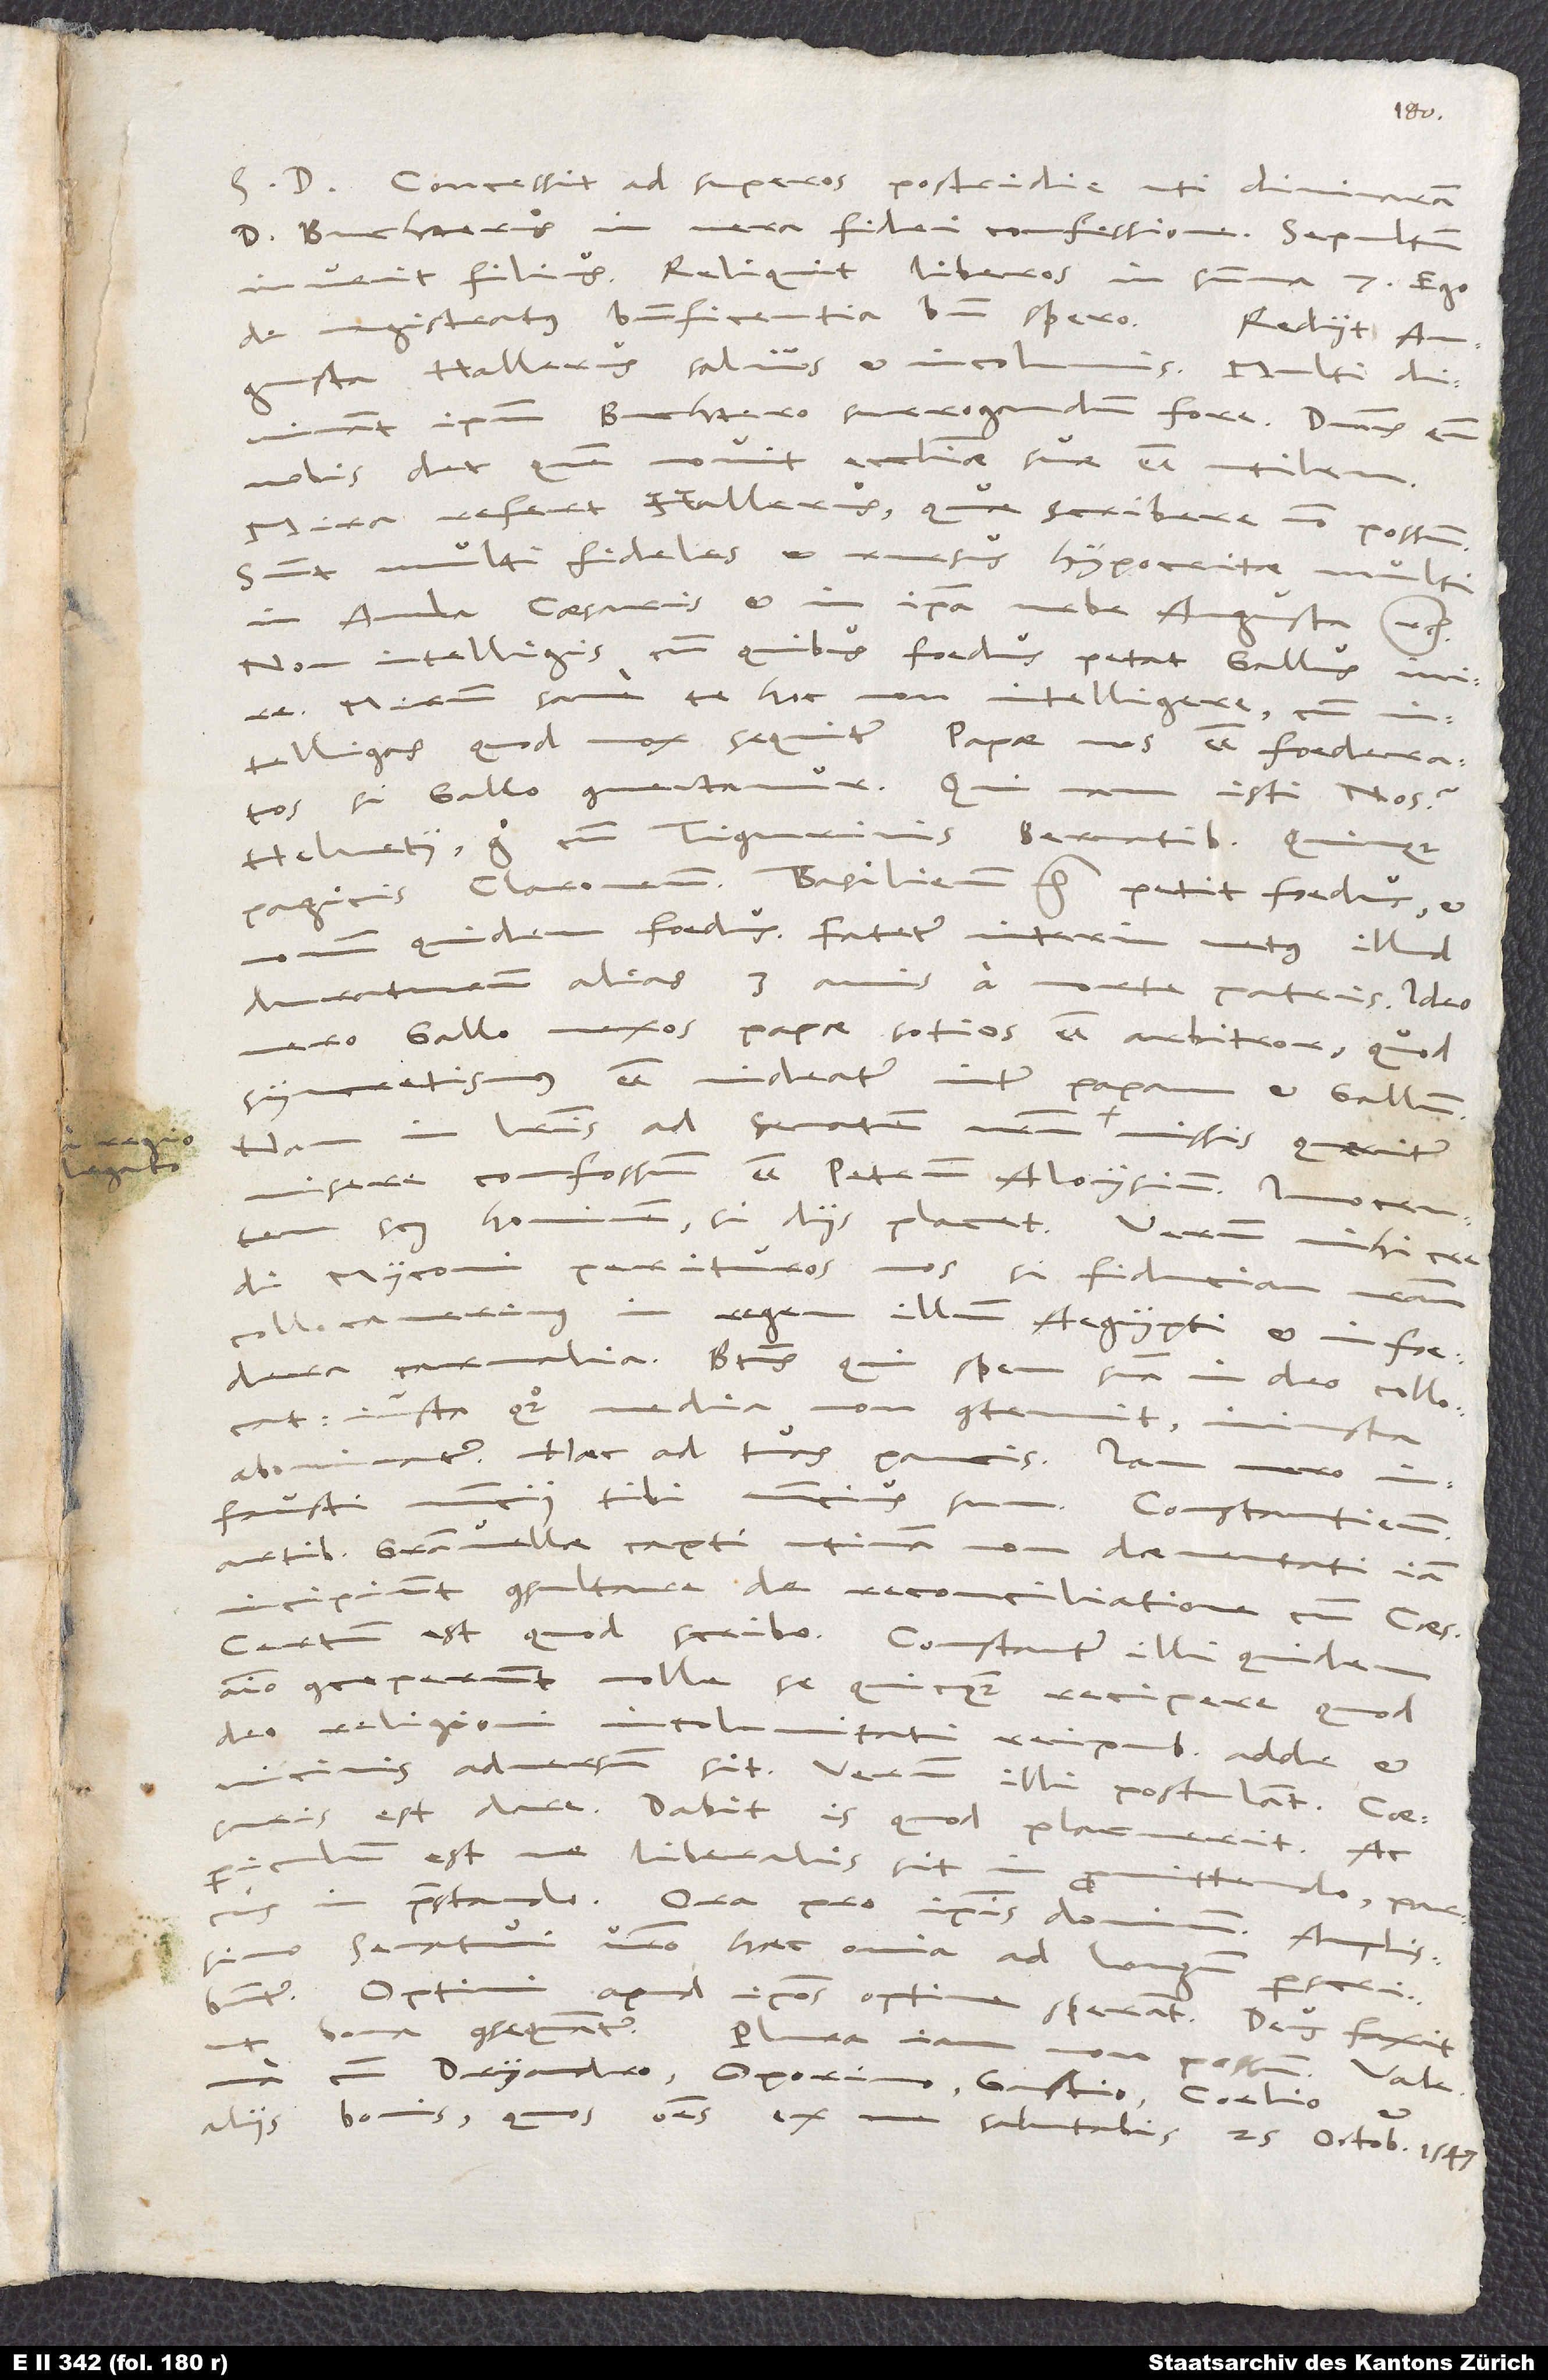
S. D. Concessit ad superos postridie, uti divinaram,
d. Buchterus in vera fidei confessione. Sepultum
invenit filius. Reliquit liberos in summa 7. Ego
de magistratus beneficentia bene spero.
Augusta Hallerus salvus et incolumis. Multi divinant
ipsum Buchtero surrogandum fore. Dominus eum
nobis det, quem novit ecclesiae suae esse utilem.
Mira refert Hallerus, quae scribere non possum.
Sunt multi fideles et rursus hypocritae multi
in aula caesaris et in ipsa urbe Augusta, etc.
Non intelligis, cum quibus foedus petat Gallus! Mire!
Mirum sane te hoc non intelligere, cum
intelligas, quod mox sequitur: Papae nos esse foederatos,
si Gallo connectamur! Quinam isti „nos?“
Helvetii! Ergo cum Tigurinis, Bernatibus, Quinque
Pagicis, Claronensibus, Basiliensibus, etc., petit foedus, et
quidem foedus! Fatetur interim vetus illud
duraturum alias 3 annis a morte patris. Ideo
Gallo nexos papae sotios esse arbitror, quod
syncretismus esse videatur inter papam et Gallum.
in literis ad senatum nostrum a regio legato missis quaeritur
misere confossum esse Petrum Aloysium, innocentem
scilicet hominem, si diis placet. Verum mihi crede,
Myconi, perituros nos, si fiduciam nostram
collocaverimus in regem illum Aegypti et in foedera
carnalia. Beatus, qui spem suam in deo collocat,
iusta quoque media non contemnit, iniusta
abominatur. Haec ad tua paucis.
sum: Constantienses
artibus Granvellae capti, utinam non daementati! Iam
incipiunt consultare de reconciliatione cum caesare.
Certum est, quod scribo. Constanter illi quidem
animo conceperunt nolle se quicquam recipere, quod
deo, religioni, incolumitati reipublicae, adde et
vicinis, adversum sit. Verum illi postulant. Caesaris
est dare. Dabit is, quod placuerit. Ac
est, ne liberalis sit in
promittendo, parcus
in praestando. Ora pro ipsis dominum (amplissimo
senatui vestro haec omnia ad longum perscribuntur).
Optimi apud ipsos optime sperant. Deus faxit,
consequantur.
Plura iam non possum.
cum Dryandro, Oporino, Gastio, Coelio
aliis bonis, quos omnes ex me salutabis. 25. octobris 1547.